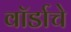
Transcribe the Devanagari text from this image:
वॉर्डाचे